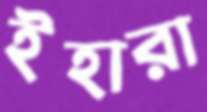
ইহারা